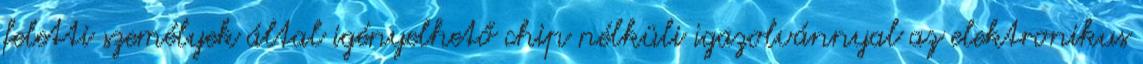
feletti személyek által igényelhető chip nélküli igazolvánnyal az elektronikus